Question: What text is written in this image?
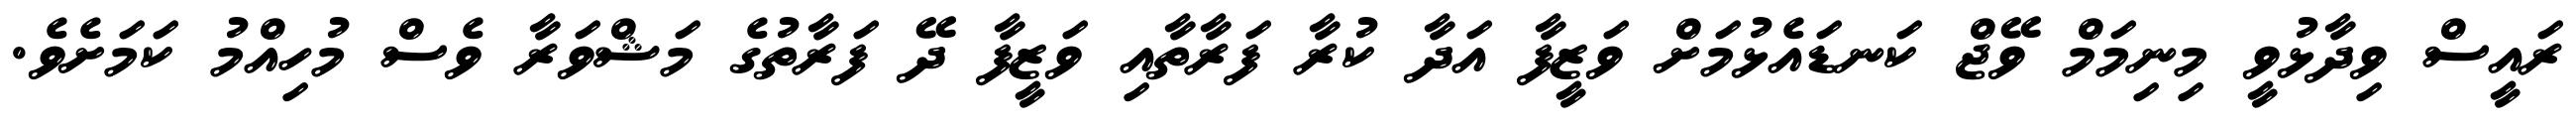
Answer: ރައީސް ވިދާޅުވީ މިނިމަމް ވޭޖް ކަނޑައެޅުމަށް ވަޒީފާ އަދާ ކުރާ ފަރާތާއި ވަޒީފާ ދޭ ފަރާތުގެ މަޝްވަރާ ވެސް މުހިއްމު ކަމަށެވެ.